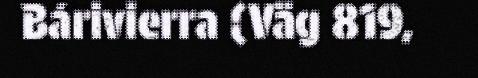
Bárivierra (Väg 819,